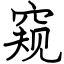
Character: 窥